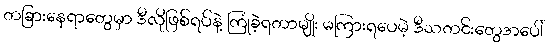
တခြားနေရာတွေမှာ ဒီလိုဖြစ်ရပ်နဲ့ ကြုံခဲ့ရတာမျိုး မကြားရပေမဲ့ ဒီသတင်းတွေအပေါ်